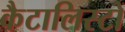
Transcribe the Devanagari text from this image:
कैटालिस्टों